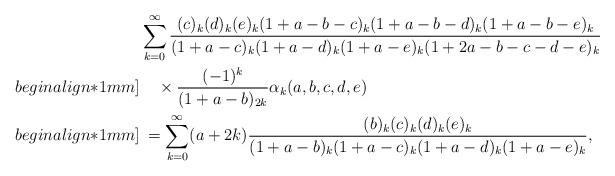
LaTeX: \begin{align*}&\sum_{k=0}^{\infty}\frac{(c)_k(d)_k(e)_k(1+a-b-c)_k(1+a-b-d)_{k}(1+a-b-e)_{k}}{(1+a-c)_{k}(1+a-d)_{k}(1+a-e)_{k}(1+2a-b-c-d-e)_{k}}\\begin{align*}1mm]&\quad\times\frac{(-1)^k}{(1+a-b)_{2k}}\alpha_k(a,b,c,d,e)\\begin{align*}1mm]&\:=\sum_{k=0}^{\infty}(a+2k)\frac{(b)_k(c)_k(d)_k(e)_k}{(1+a-b)_{k}(1+a-c)_{k}(1+a-d)_{k}(1+a-e)_{k}},\end{align*}